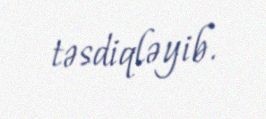
təsdiqləyib.